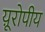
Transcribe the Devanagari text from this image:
य़ूरोपीय